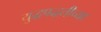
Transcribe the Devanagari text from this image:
युद्धपद्धतीच्या